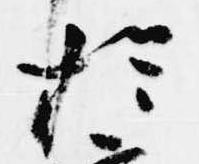
於